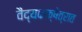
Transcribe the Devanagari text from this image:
वैद्यकक्षेत्रात